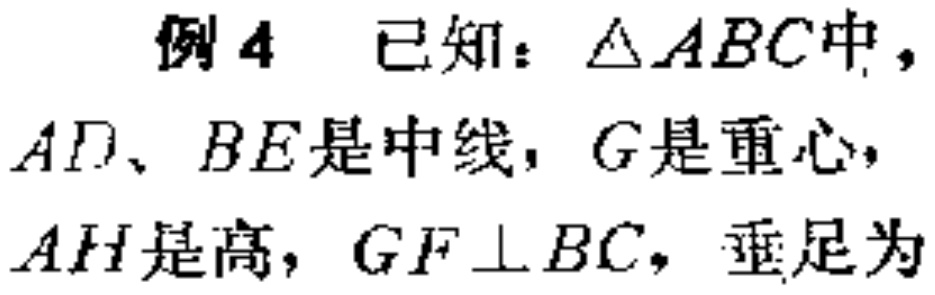
例4 已知：\(\triangle ABC\)中，\(AD\)、\(BE\)是中线，\(G\)是重心，\(AH\)是高，\(GF\perp BC\)，垂足为